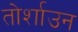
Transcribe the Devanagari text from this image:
तोर्शाउन